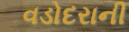
વડોદરાની